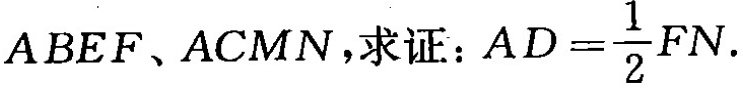
ABEF、ACMN，求证： $$A D = \frac { 1 } { 2 } F N$$ .